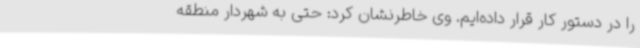
را در دستور کار قرار داده‌ایم. وی خاطرنشان کرد: حتی به شهردار منطقه